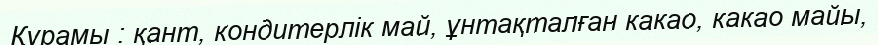
Құрамы : қант, кондитерлік май, ұнтақталған какао, какао майы,